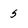
Character: 5